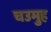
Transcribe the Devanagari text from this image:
चउमुह